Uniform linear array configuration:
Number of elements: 4
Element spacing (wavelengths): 0.5
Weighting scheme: exponential
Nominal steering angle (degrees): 15
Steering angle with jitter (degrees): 15.46
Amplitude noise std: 0.05
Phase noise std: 0.05

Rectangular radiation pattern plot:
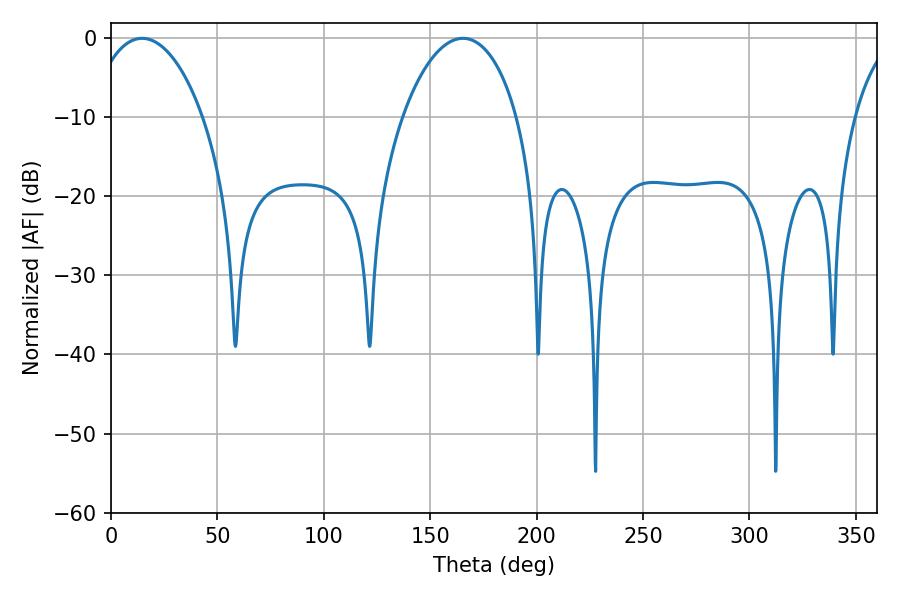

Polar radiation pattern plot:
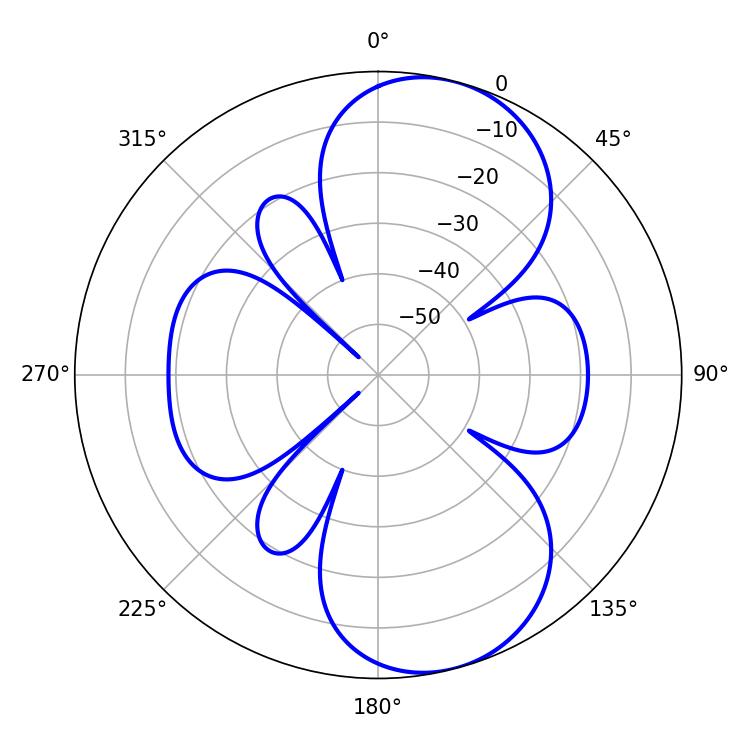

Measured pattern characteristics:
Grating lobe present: FALSE
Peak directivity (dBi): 8.457
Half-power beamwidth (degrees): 30.42
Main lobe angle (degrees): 14.58